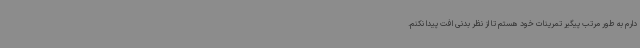
دارم به طور مرتب پیگیر تمرینات خود هستم تا از نظر بدنی افت پیدا نکنم.